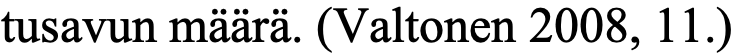
tusavun määrä. (Valtonen 2008, 11.)